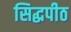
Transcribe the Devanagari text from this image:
सिद्घपीठ